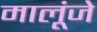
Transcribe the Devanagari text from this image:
मालूंजे